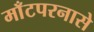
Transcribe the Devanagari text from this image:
माँटपरनासे